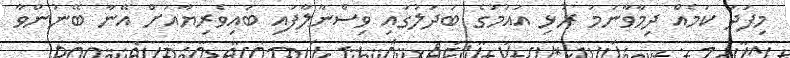
މިފަދަ ކަމެއް ދިމާވާނަމަ ރުޅި އައުމުގެ ބަދަލުގައި ވިސްނާލާފައި ބައިވެރިޔާއަށް އޭނާ ބޭނުންވާ